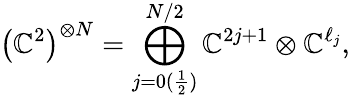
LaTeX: \left(\mathbb{C}^{2}\right)^{\otimes N}=\bigoplus_{j=0(\frac{1}{2})}^{N/2}\mathbb{C}^{2j+1}\otimes\mathbb{C}^{\ell_{j}},